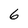
Character: 6